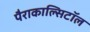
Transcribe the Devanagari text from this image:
पैराकाल्सिटॉल